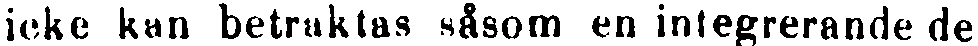
ioke kun betraktas såsom en integrerande de